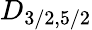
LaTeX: D_{3/2,5/2}